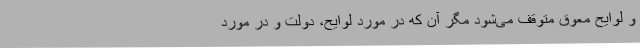
و لوایح معوق متوقف می‌شود مگر آن که در مورد لوایح، دولت و در مورد